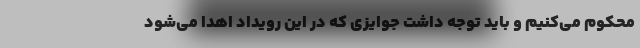
محکوم می‌کنیم و باید توجه داشت جوایزی که در این رویداد اهدا می‌شود